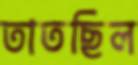
তাতছিল